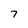
Character: 7